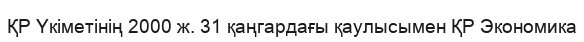
ҚР Үкіметінің 2000 ж. 31 қаңгардағы қаулысымен ҚР Экономика